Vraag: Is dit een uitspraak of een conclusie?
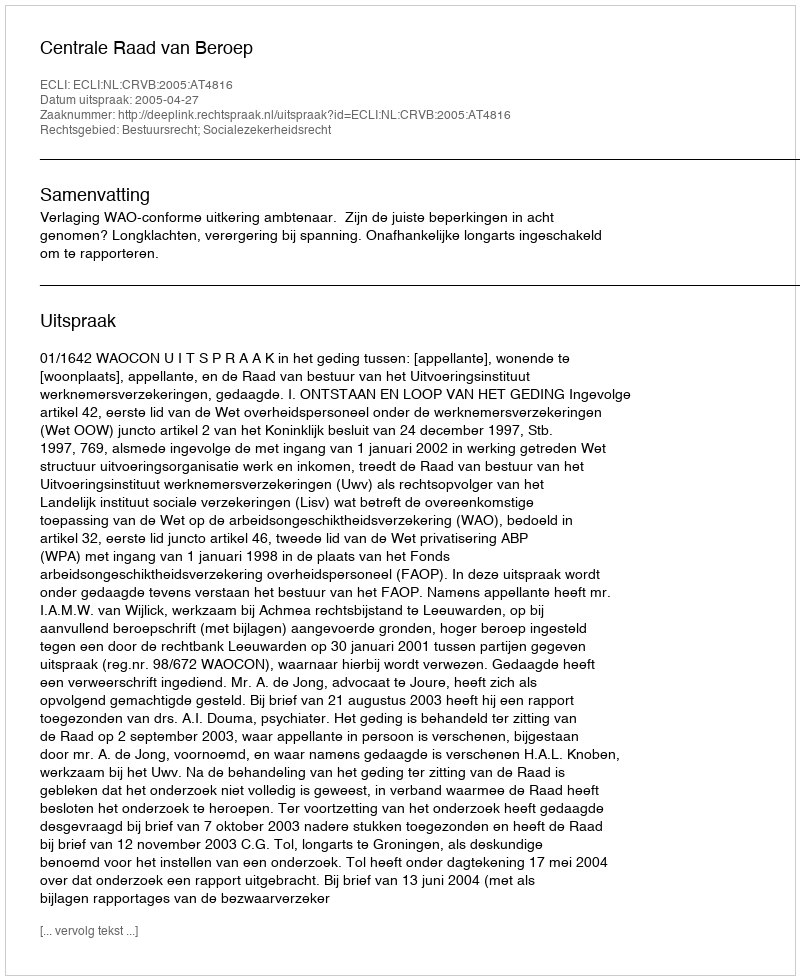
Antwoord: Uitspraak